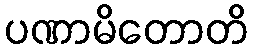
ပဏာမိတောတိ